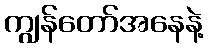
ကျွန်တော်အနေနဲ့